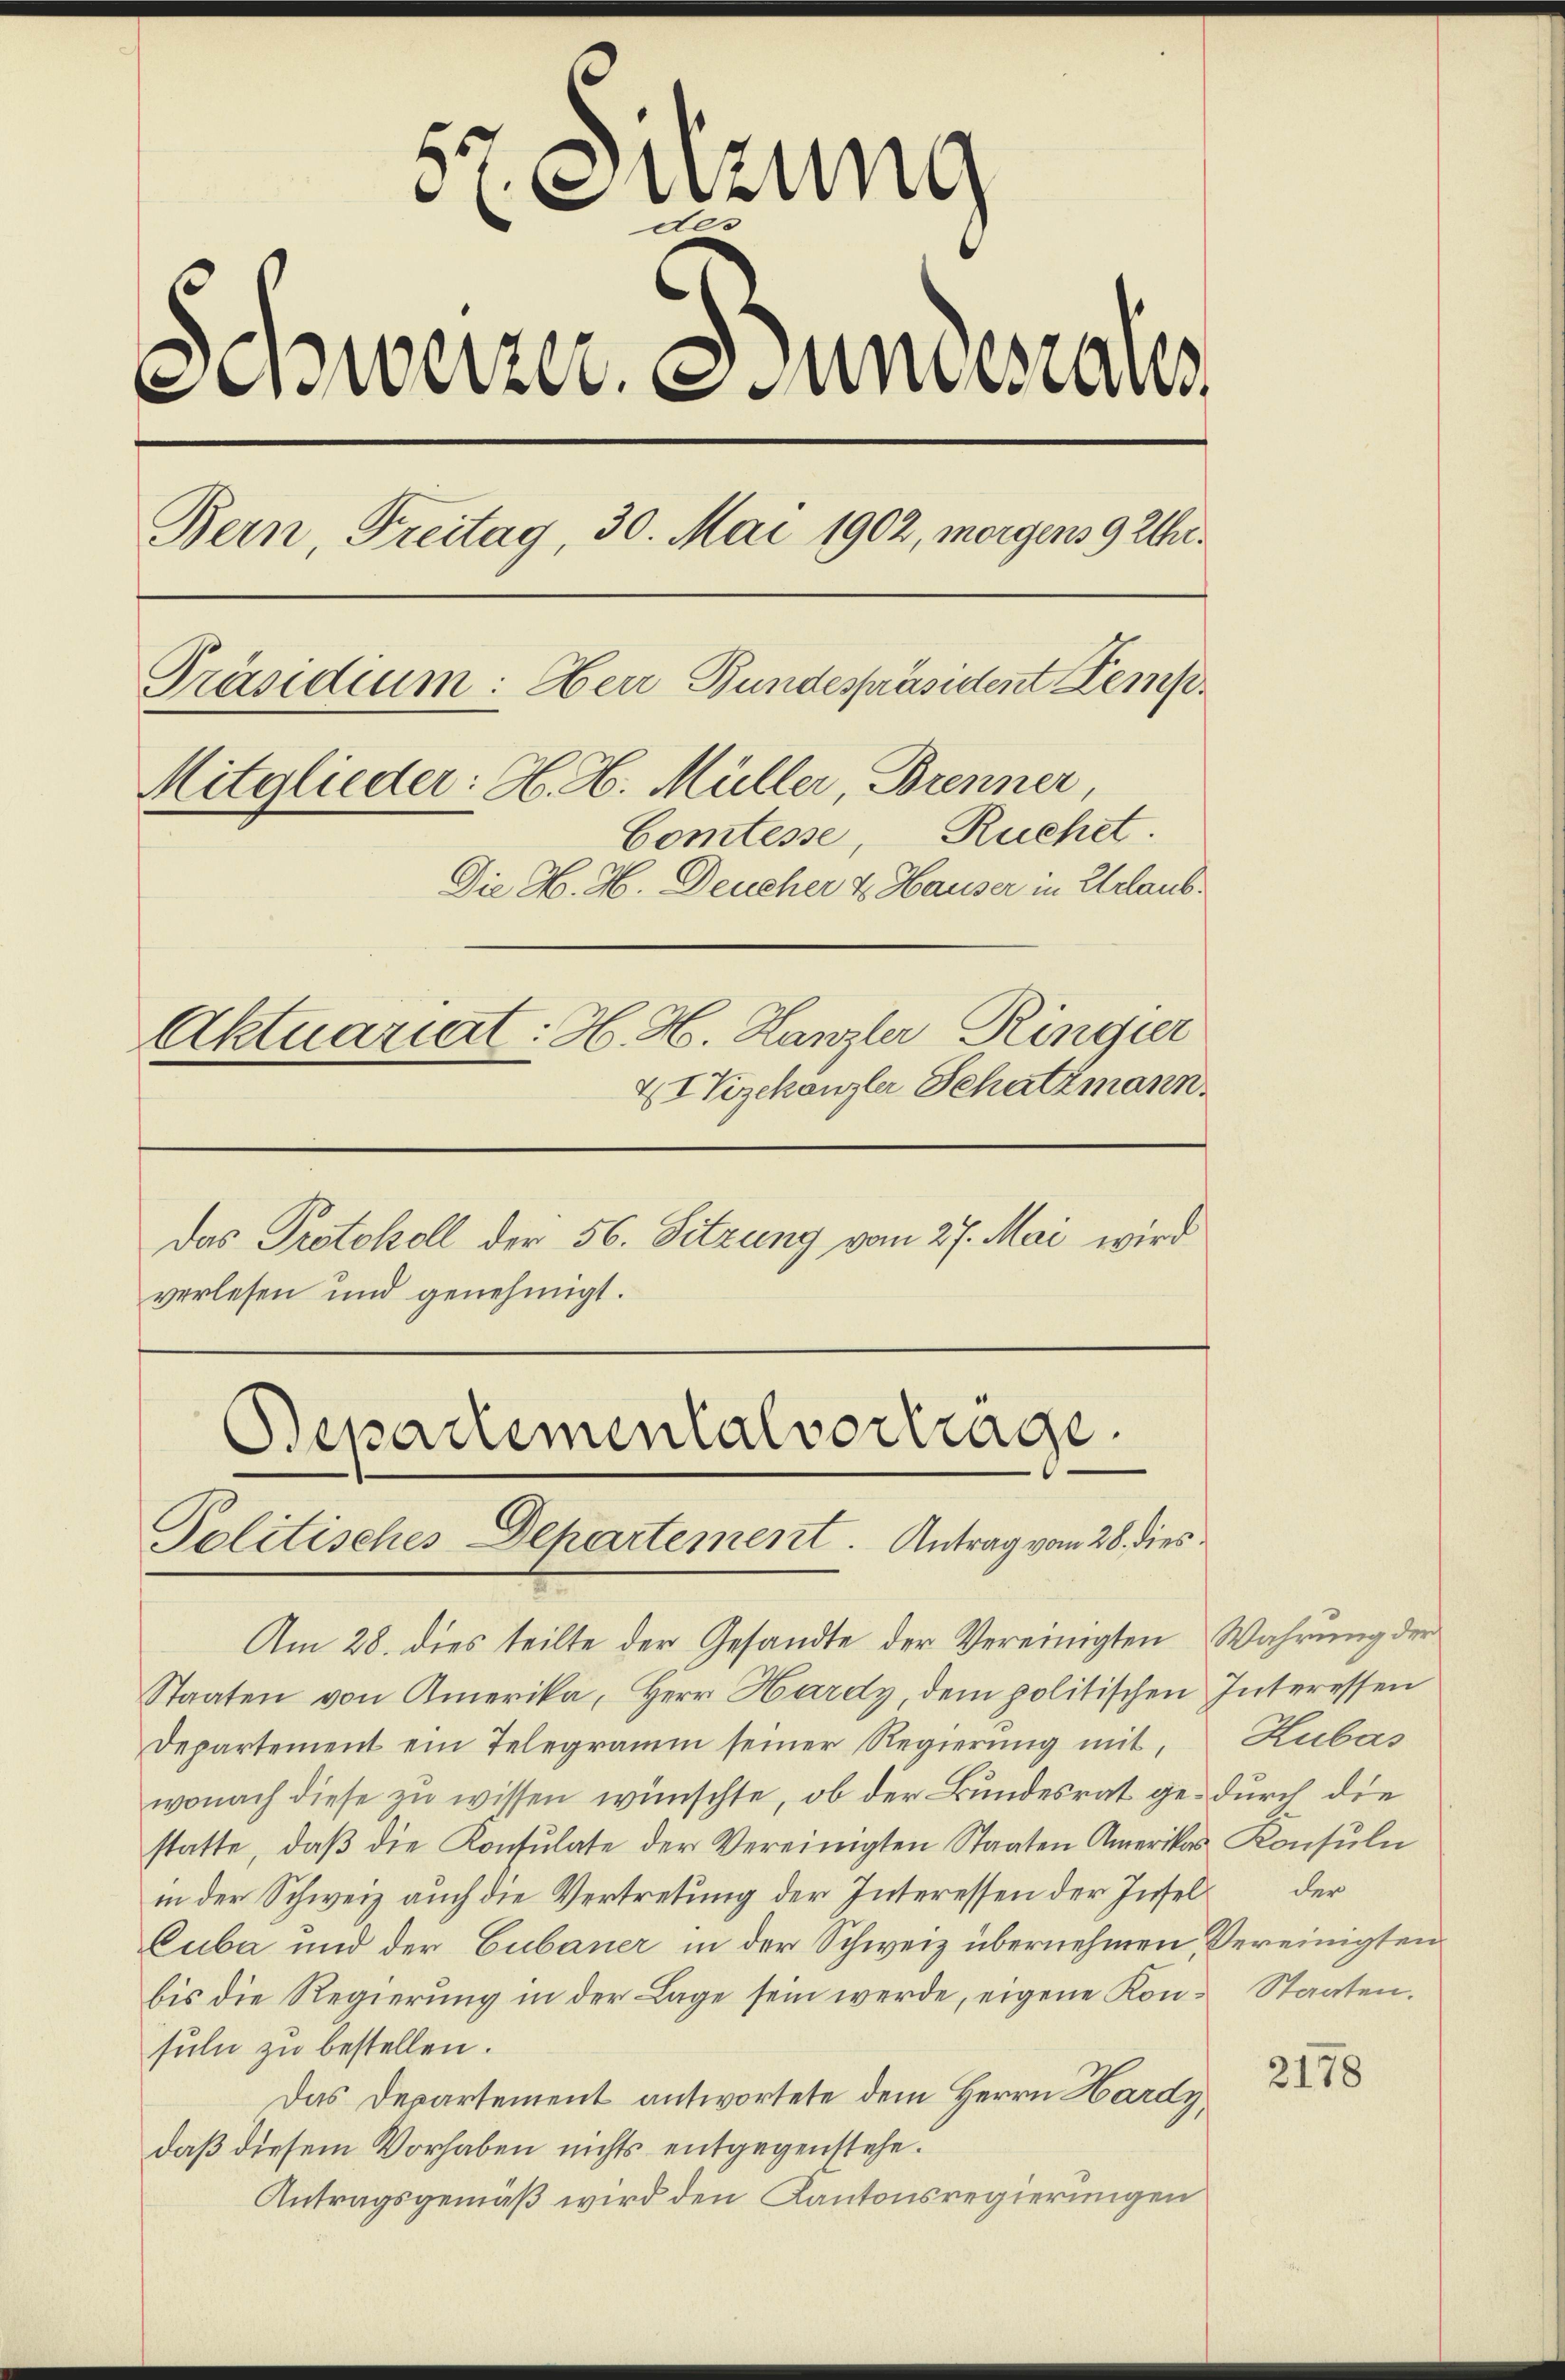
E
etzung
des
Schweizere Fundesaus
Bern, Freitag, 30. Mai 1902, morgens 9 Uhr¬
Präsidium: Herr Bundespräsident Kemp¬
Mitglieder: H. H. Müller, Brenner,
Comtesse, Ruchet.
Die H. H. Deucher & Hauser in Urlaub¬
Aktuariat: H. H. Hanzler Ringier
IVizekanzler Schatzmann.
Das Protokoll der 56. Sitzung vom 27. Mai wird
verlesen und genehmigt.

Bepartemental vortrage.
Politisches Departement. Antrag vom 28. dies

Am 28. dies teilte der Gesandte der Vereinigten Wahrung der
Staaten von Amerika, Herr Hardy dem politischen Interessen
Departement ein Telegramm seiner Regierŭng mit, Kubás
wonach diese zu wissen wünschte, ob der Bundesrat ge- durch die
statte, daβ die Konsulate der Vereinigten Staaten Amerikas Konsuln
in der Schweiz auch die Vertretung der Interessen der Insel der
Cuba und der Cubauer in der Schweiz übernehmen, Vereinigten
bis die Regierung in der Lage sein werde, eigene Konsuln zu bestellen.
Das Departement antwortete dem Herrn Hardy,
daß diesem Vorhaben nichts entgegenstehe.
Antragsgemäß wird den Kantonsregierungen

Staaten.

2178